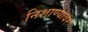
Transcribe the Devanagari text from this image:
निशाण्यावर